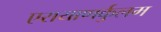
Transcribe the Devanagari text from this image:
एरायाणर्कुलम